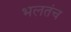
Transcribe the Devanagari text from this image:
भलतंच